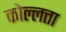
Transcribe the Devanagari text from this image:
कोल्लत्ता